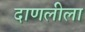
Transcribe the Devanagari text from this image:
दाणलीला